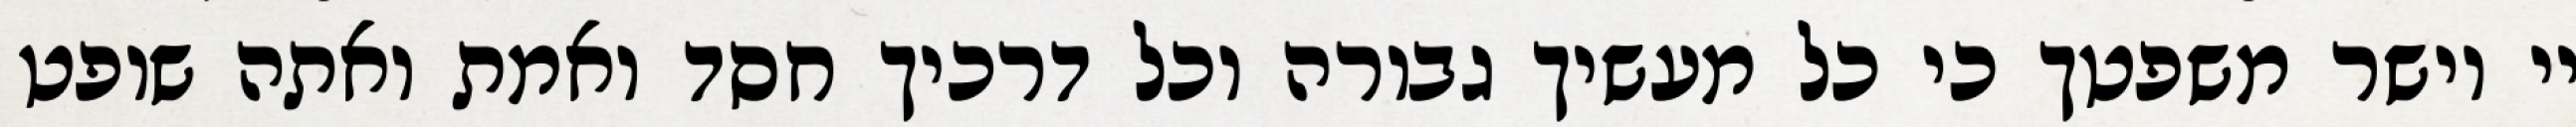
יי וישר משפטך כי כל מעשיך גבורה וכל דרכיך חסד ואמת ואתה שופט